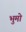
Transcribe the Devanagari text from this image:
भुमो